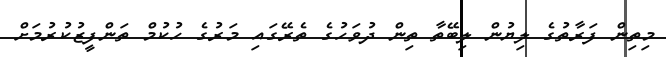
މިތިން ފަރާތުގެ ލިޔުން ލިބޭތާ ތިން ދުވަހުގެ ތެރޭގައި މަރުގެ ހުކުމް ތަންފީޒުކުރުމަށް